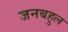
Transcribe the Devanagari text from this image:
जनबहुल